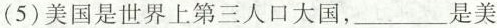
(5)美国是世界上第三人口大国，___是美